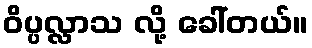
ဝိပ္ပလ္လာသ လို့ ခေါ်တယ်။